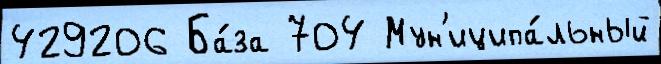
429206 Ба́за 704 Мун'иципа́льный